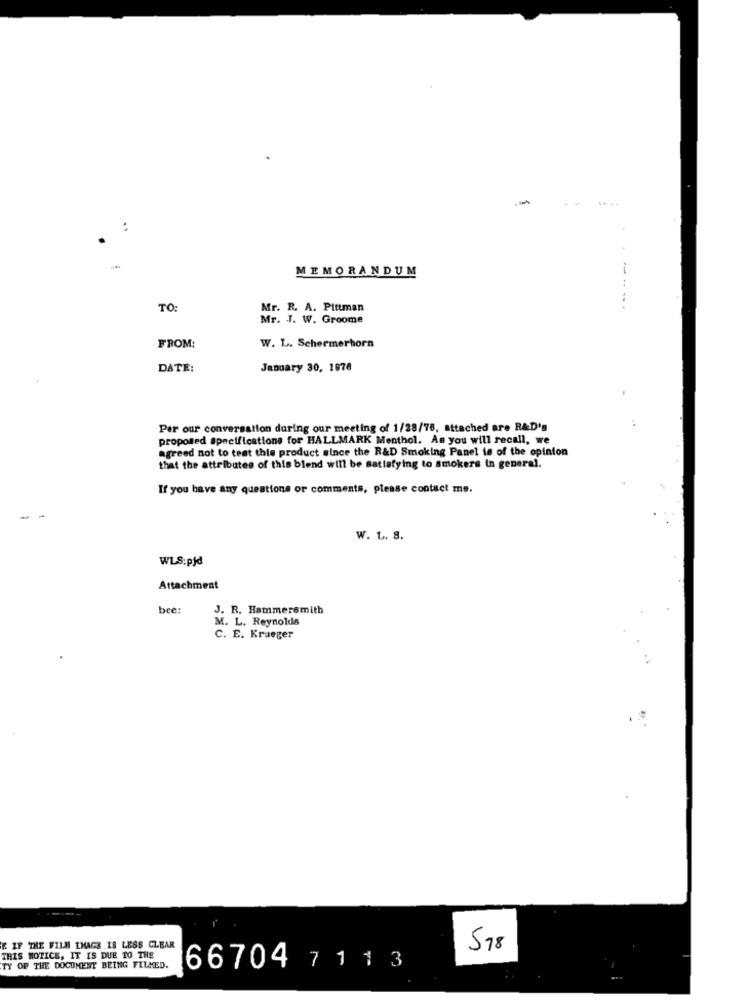
++ 44
:
MEMORANDUM
TO:
Mr. R. A. Pittman
Mr. J. W. Groome
FROM:
W. L. Schermerhorn
DATE:
January 30, 1978
Per our conversation during our meeting of 1/28/76, attached are R&D's
proposed specifications for HALLMARK Menthol. As you will recall, we
agreed not to test this product since the R&D Smoking Panel is of the opinion
that the attributes of this blend will be satisfying to smokers in general.
If you have any questions or comments, please contact me.
- -
W. L. S.
WLS:pjd
Attachment
bee:
J. R. Hammersmith
M. L. Reynolds
C. E. Krueger
E IF THE FILM IMAGE IS LESS CLEAR
578
THIS NOTICE, IT IS DUE TO THE
TY OF THE DOCUMENT BEING FILMED.
66704 7 1 1 3